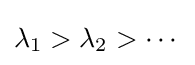
\lambda _{1}>\lambda _{2}>\cdots